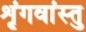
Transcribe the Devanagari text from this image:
शृंगवांस्तु